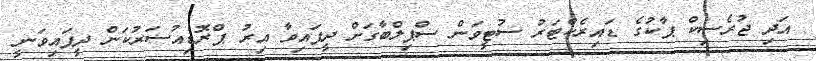
އަދި ޖުރެސިކް ޕާކުގެ ޑައިރެކްޓަރު ސުޓީވަން ސްޕިލްބާގަށް ދީފައިވާ އިރު ޕްރޮޑިއުސަރުކަން ދީފައިވަނީ